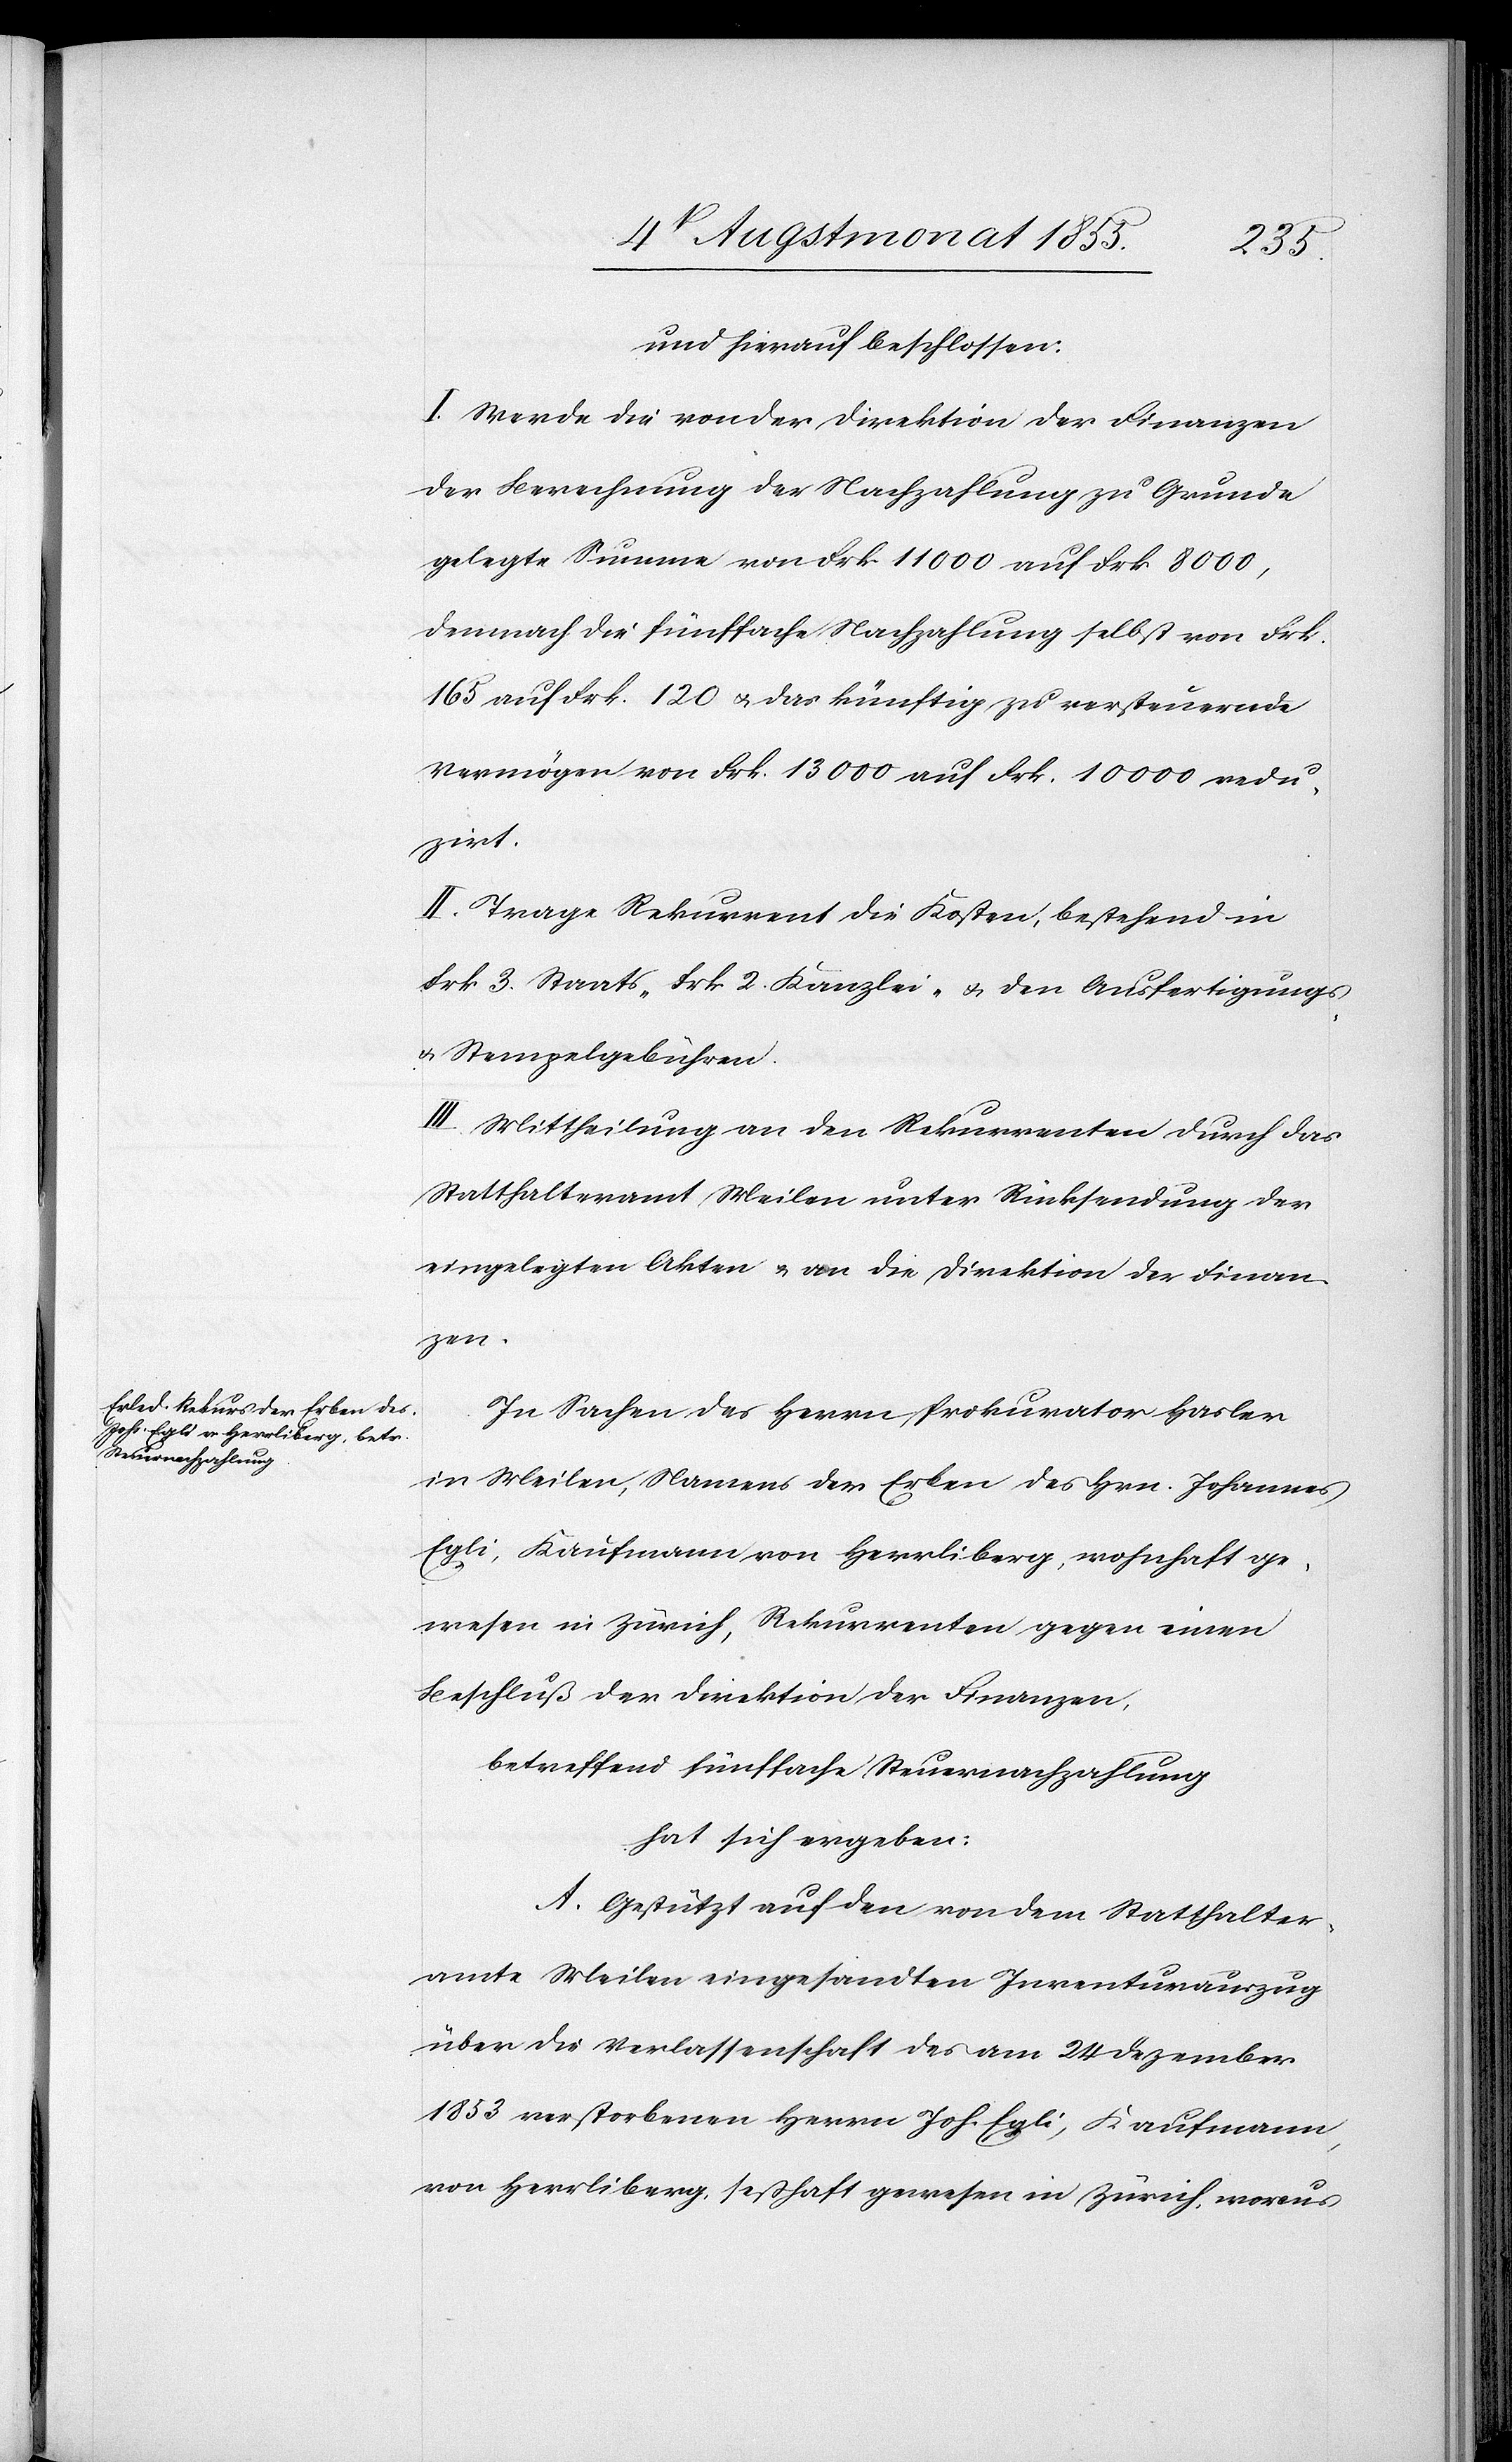
und hierauf beschlossen:
I. Werde die von der Direktion der Finanzen
der Berechnung der Nachzahlung zu Grunde
gelegte Summe von Frk. 11 000 auf Frk. 8000,
demnach die fünffache Nachzahlung selbst von Frk.
165 auf Frk. 120 & das künftig zu versteuernde
Vermögen von Frk. 13 000 auf Frk. 10 000 redu¬
zirt.
II. Trage Rekurrent die Kosten, bestehend in
Frk. 3 Staats-[,] Frk. 2. Kanzlei- & den Ausfertigungs-
& Stempelgebühren.
III. Mittheilung an den Rekurrenten durch das
Statthalteramt Meilen unter Rücksendung der
eingelegten Akten & an die Direktion der Finan¬
zen.
In Sachen des Herrn Prokurator Hasler
in Meilen, Namens der Erben des Hrn. Johannes
Egli, Kaufmann von Herrliberg, wohnhaft ge¬
wesen in Zürich, Rekurrenten gegen einen
Beschluß der Direktion der Finanzen,
betreffend fünffache Steuernachzahlung
hat sich ergeben:
A. Gestützt auf den von dem Statthalter¬
amte Meilen eingesandten Inventurauszug
über die Verlassenschaft des am 24 Dezember
1853 verstorbenen Herrn Joh. Egli, Kaufmann,
von Herrliberg, seßhaft gewesen in Zürich, woraus